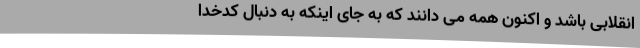
انقلابی باشد و اکنون همه می دانند که به جای اینکه به دنبال کدخدا